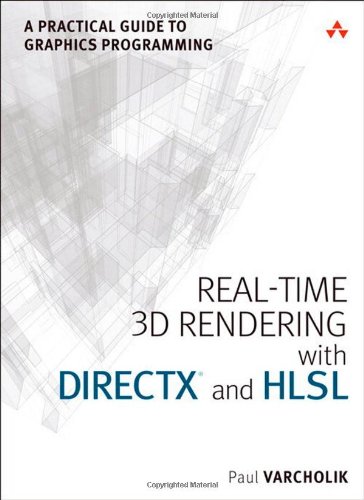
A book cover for Real-Time 3D Rendering with DirectX and HLSL: A Practical Guide to Graphics Programming (Game Design); Paul Varcholik; Computers & Technology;